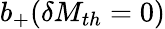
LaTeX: b_{+}(\delta M_{th}=0)